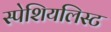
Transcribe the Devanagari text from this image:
स्पेशियलिस्ट